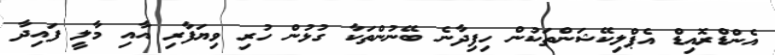
އެންޑްރޮއިޑް އެޕްލިކޭޝަންތަކުން ހިފިދާނެ ބޭނުންތަކާ ގުޅުން ހުރި ވިޔަފާރި އާއި މާލީ ފައިދާ